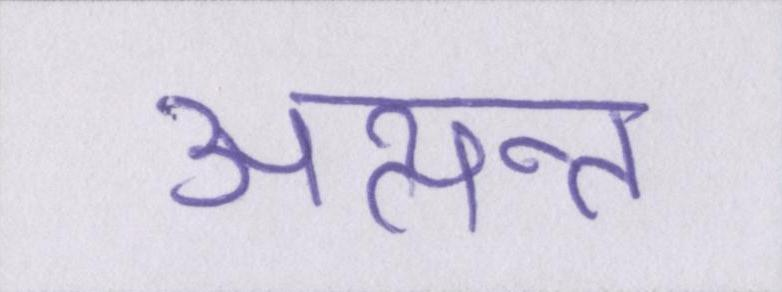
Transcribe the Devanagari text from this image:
अत्यन्त